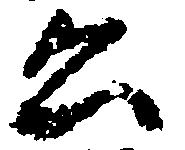
公